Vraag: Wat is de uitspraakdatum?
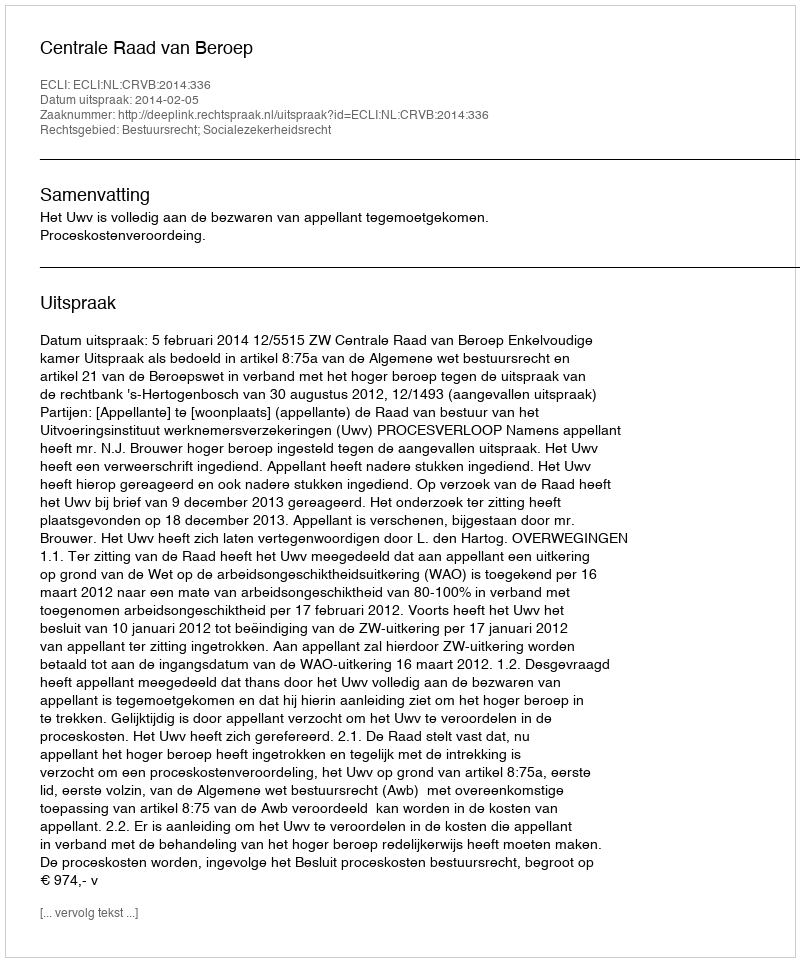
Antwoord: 2014-02-05